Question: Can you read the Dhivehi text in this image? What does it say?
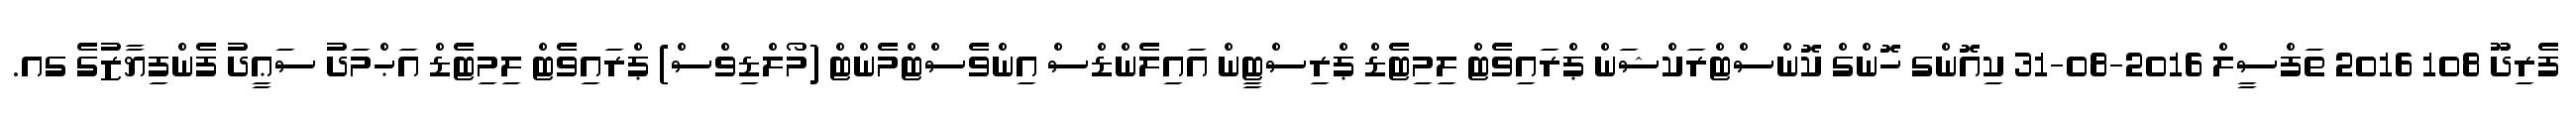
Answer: ފެރިދޫ 108 2016 ތަފްސީލް 2016-08-31 ކިއޮންގ ހޮންގް ކޮންސްޓްރަކްޝަން ޕްރައިވެޓް ލިމިޓެޑް ޕްރިސްޓީން އައިލެންޑްސް އިންވެސްޓްމެންޓް (މޯލްޑިވްސް) ޕްރައިވެޓް ލިމިޓެޑް އަޙްމަދު ސަޢީދު ފެންފިޔާޒުގެ ގއ.